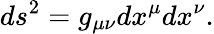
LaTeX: ds^{2}=g_{\mu\nu}dx^{\mu}dx^{\nu}.